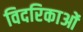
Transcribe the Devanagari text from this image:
विदरिकाओं